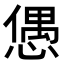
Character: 𢠙